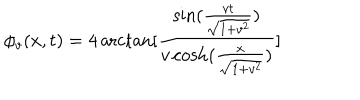
\phi _ { v } ( x , t ) = 4 \operatorname { a r c t a n } [ \frac { \sin ( \frac { v t } { \sqrt { 1 + v ^ { 2 } } } ) } { v \cosh ( \frac { x } { \sqrt { 1 + v ^ { 2 } } } ) } ]